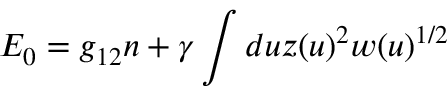
E _ { 0 } = g _ { 1 2 } n + \gamma \int d u z ( u ) ^ { 2 } w ( u ) ^ { 1 / 2 }